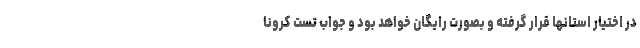
در اختیار استانها قرار گرفته و بصورت رایگان خواهد بود و جواب تست کرونا